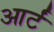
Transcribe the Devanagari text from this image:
आर्टं